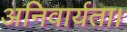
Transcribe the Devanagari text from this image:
अनिवार्यता।